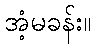
အံ့မခန်း။